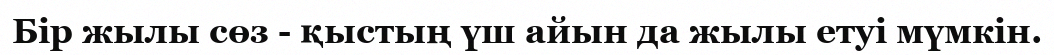
Бір жылы сөз - қыстың үш айын да жылы етуі мүмкін.